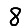
Digit: 8